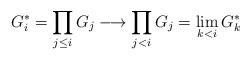
LaTeX: \begin{align*}G_i^* = \prod_{j\le i} G_j \longrightarrow \prod_{j < i} G_j = \lim_{k<i} G^*_k\end{align*}